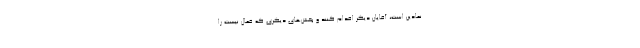
نمادین است، آقایان دیگر اقدام کنند و بخش‌های دیگری که فعال نیست را